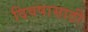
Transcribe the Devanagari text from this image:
दिवषासाठी